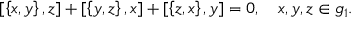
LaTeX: [ \left\{ x , y \right\} , z ] + [ \left\{ y , z \right\} , x ] + [ \left\{ z , x \right\} , y ] = 0 , \quad x , y , z \in { \mathfrak { g } } _ { 1 } .